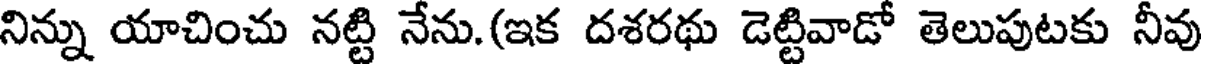
నిన్ను యాచించు నట్టి నేను.(ఇక దశరథు డెట్టివాడో తెలుపుటకు నీవు